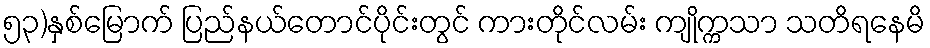
၅၃)နှစ်မြောက် ပြည်နယ်တောင်ပိုင်းတွင် ကားတိုင်လမ်း ကျိုက္ကသာ သတိရနေမိ